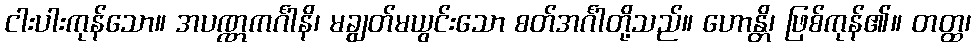
ငါးပါးကုန်သော။ အပဏ္ဏကင်္ဂါနိ၊ မချွတ်မယွင်းသော စတ်အင်္ဂါတို့သည်။ ဟောန္တိ၊ ဖြစ်ကုန်၏။ တတ္ထ၊